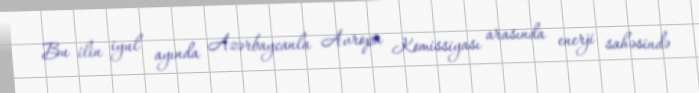
Bu ilin iyul ayında Azərbaycanla Avropa Komissiyası arasında enerji sahəsində